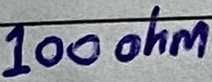
Text: 100ohm